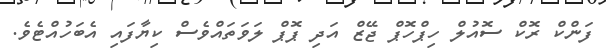
ފަންކް ރޮކް ސޮއުލް ހިޕްހޮޕް ޖޭޒް އަދި ޕޮޕް ލަވަތައްވެސް ކިޔާފައި އެބަހުއްޓެވެ.